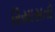
રિયાસતો